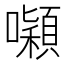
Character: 𭌒